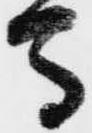
馬